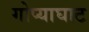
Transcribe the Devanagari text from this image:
गोप्याघाट